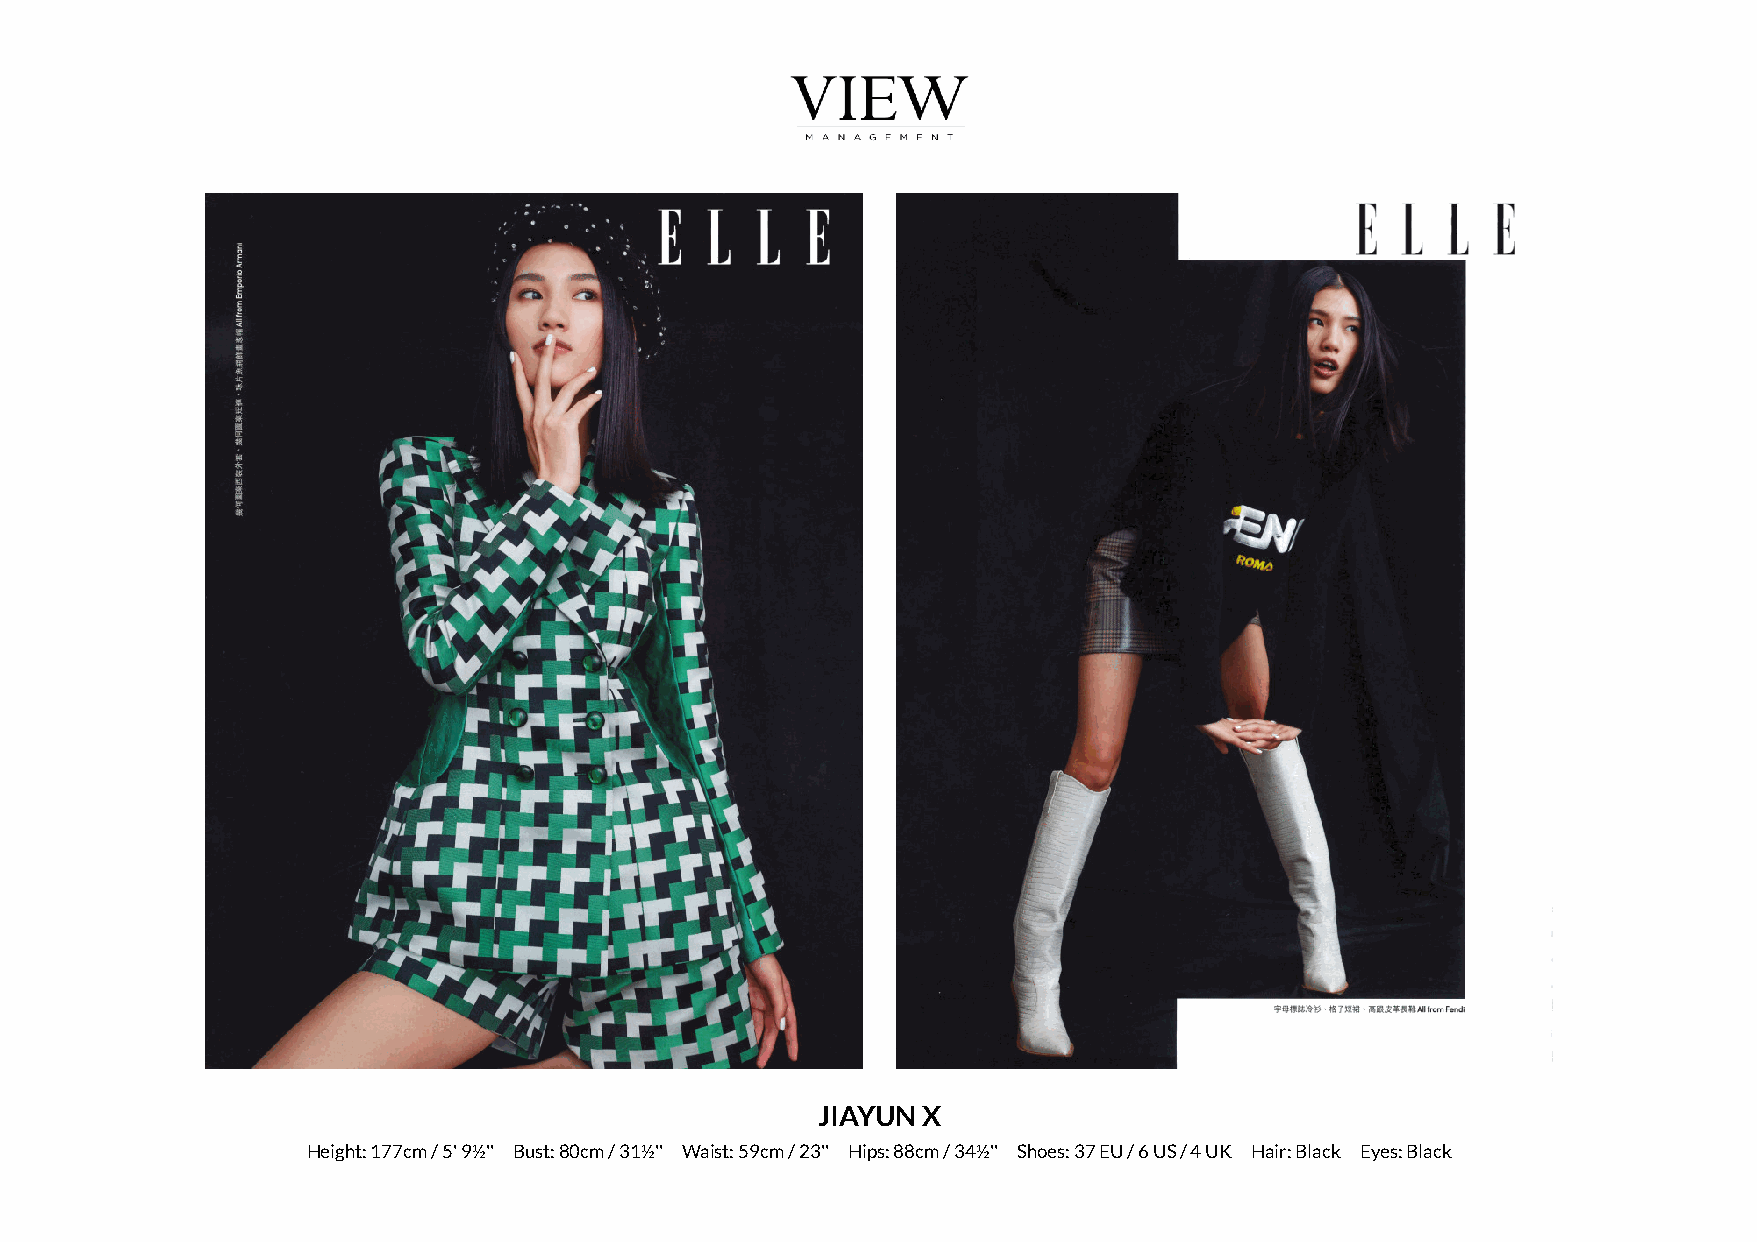
JIAYUN X
 Height: 177cm / 5' 9½'' Bust: 80cm / 31½'' Waist: 59cm / 23'' Hips: 88cm / 34½'' Shoes: 37 EU / 6 US / 4 UK Hair: Black Eyes: Black